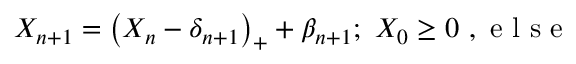
X _ { n + 1 } = \left( X _ { n } - \delta _ { n + 1 } \right) _ { + } + \beta _ { n + 1 } ; \mathrm { ~ } X _ { 0 } \geq 0 \mathrm { ~ , ~ e ~ l ~ s ~ e ~ }